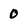
Character: 0